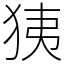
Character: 㹫